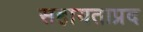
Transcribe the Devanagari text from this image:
सहायताप्रद